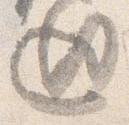
廻